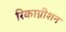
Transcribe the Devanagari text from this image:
रिकाग्नीशन